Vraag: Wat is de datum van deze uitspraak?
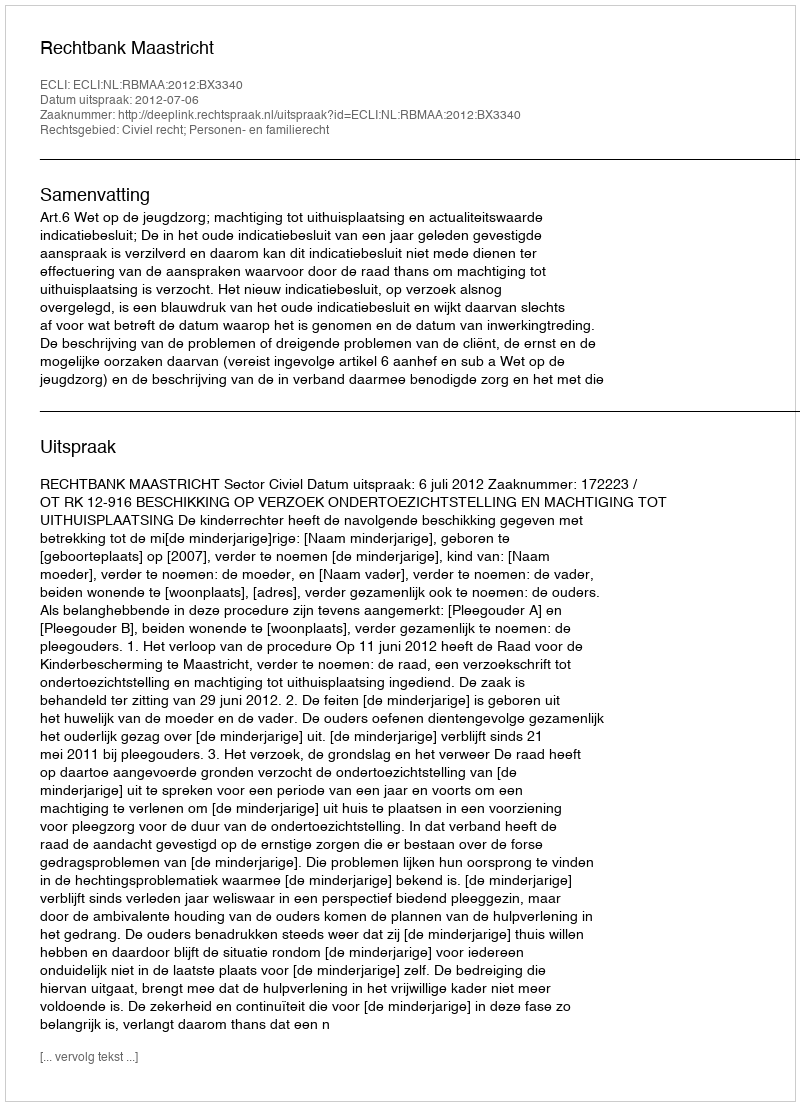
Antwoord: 2012-07-06